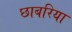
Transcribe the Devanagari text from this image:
छाबरिया